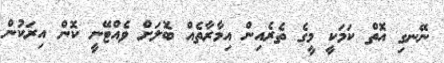
ނޭނގި އޮތް ކަމަކީ މީގެ ތެރެއިން އިމާރާތެއް ބޮލަށް ވެއްޓޭނީ ކޮން އިރަކުން